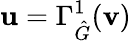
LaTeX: \mathbf{u}=\Gamma_{\hat{G}}^{1}(\mathbf{v})